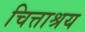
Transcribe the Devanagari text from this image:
चित्ताश्रय